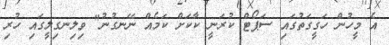
އެ މީހުން ހަގީގަތުގައި ސަޕޯޓް ކުރަނީ ކާކަށް ކަމެއް ނޭނގުނު" ވިލިނގިލީގައި ހުރި